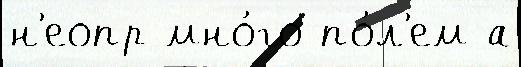
н'еопр мно́го по́л'ем а